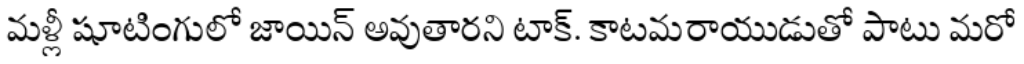
మళ్లీ షూటింగులో జాయిన్ అవుతారని టాక్. కాటమరాయుడుతో పాటు మరో